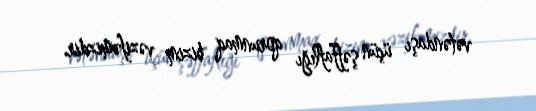
vətəndaşı üçün şəffaflığı qorunmaq bizim vəzifəmizdir.